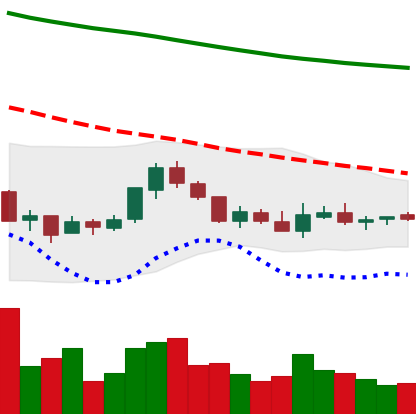
Ticker: NEO-USD
Chart end date: 2018-07-29
Forward return: -16.115%
Label: down_7plus